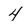
Character: 4